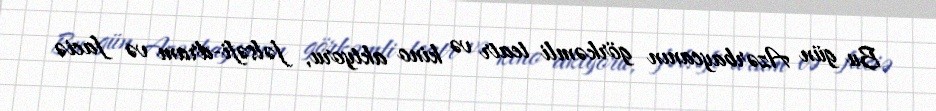
Bu gün Azərbaycanın görkəmli teatr və kino aktyoru, fəlsəfi-dram və faciə